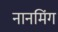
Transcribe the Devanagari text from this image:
नानमिंग